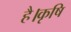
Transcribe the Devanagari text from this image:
है।कृषि